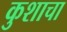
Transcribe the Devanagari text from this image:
कुशाचा